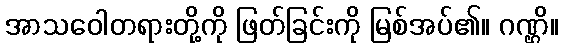
အာသဝေါတရားတို့ကို ဖြတ်ခြင်းကို မြစ်အပ်၏။ ဂဏ္ဌိ။